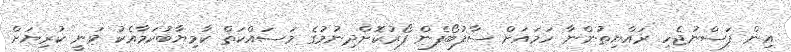
އިން ފަސްނުޖެހި ރައްޔިތުންނާ ހަމައަށް ސާފުބޯފެން ފޯރުކޮށްދިނުމުގެ މަސައްކަތް ކާމިޔާބުކަމާއެކު ވަނީ ކުރިޔަށް